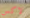
لاكس